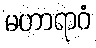
မဟာရာဂံ